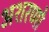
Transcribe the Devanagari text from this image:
अशरणो